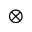
\otimes